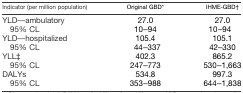
<table><thead><tr><td><b>Indicator (per million population)</b></td><td><b>Original GBD*</b></td><td><b>IHME-GBD†</b></td></tr></thead><tbody><tr><td>YLD—ambulatory</td><td>27.0</td><td>27.0</td></tr><tr><td> 95% CL</td><td>10–94</td><td>10–94</td></tr><tr><td>YLD—hospitalized</td><td>105.4</td><td>105.1</td></tr><tr><td> 95% CL</td><td>44–337</td><td>42–330</td></tr><tr><td>YLL‡</td><td>402.3</td><td>865.2</td></tr><tr><td> 95% CL</td><td>247–773</td><td>530–1,663</td></tr><tr><td>DALYs</td><td>534.8</td><td>997.3</td></tr><tr><td> 95% CL</td><td>353–988</td><td>644–1,838</td></tr></tbody></table>